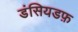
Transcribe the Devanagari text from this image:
डंसियडफ़